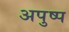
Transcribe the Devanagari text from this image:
अपुष्प